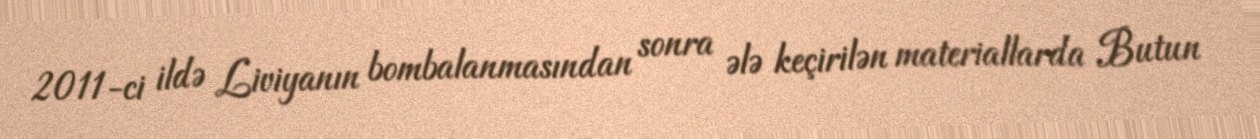
2011-ci ildə Liviyanın bombalanmasından sonra ələ keçirilən materiallarda Butun